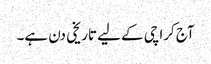
آج کراچی کے لیے تاریخی دن ہے۔